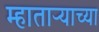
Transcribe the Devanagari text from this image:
म्हाताऱ्याच्या